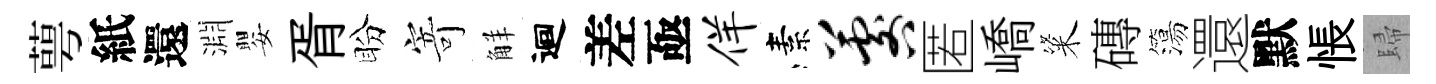
萼紙還淵嬰胥盼寄觧迴差亟佯素晷匿嶠粢磚簜還默悵歸